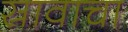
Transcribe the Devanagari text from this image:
स्रावाचा